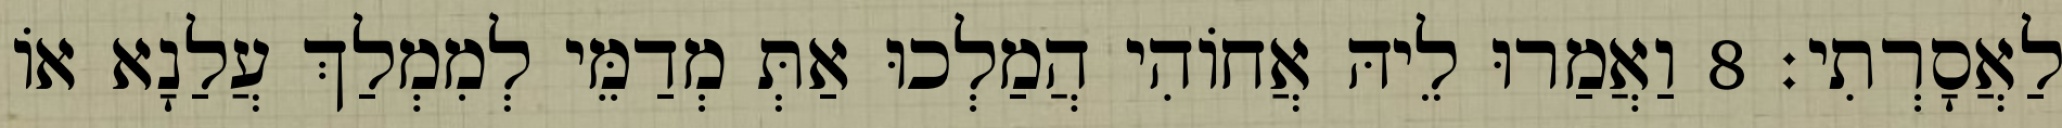
לַאֲסָרְתִי׃ 8 וַאֲמַרוּ לֵיהּ אֲחוֹהִי הֲמַלְכוּ אַתְּ מְדַמֵּי לְמִמְלַךְ עֲלַנָא אוֹ